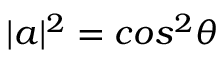
| a | ^ { 2 } = c o s ^ { 2 } \theta